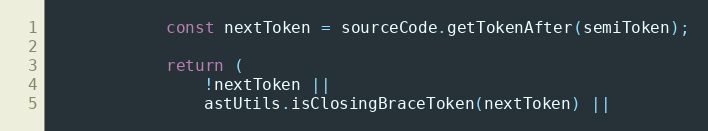
Language: JavaScript
            const nextToken = sourceCode.getTokenAfter(semiToken);

            return (
                !nextToken ||
                astUtils.isClosingBraceToken(nextToken) ||